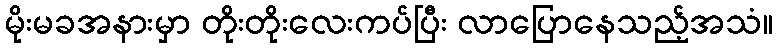
မိုးမခအနားမှာ တိုးတိုးလေးကပ်ပြီး လာပြောနေသည့်အသံ။